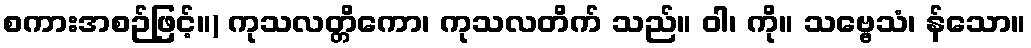
စကားအစဉ်ဖြင့်။) ကုသလတ္တိကော၊ ကုသလတိက် သည်။ ဝါ၊ ကို။ သဗ္ဗေသံ၊ န်သော။